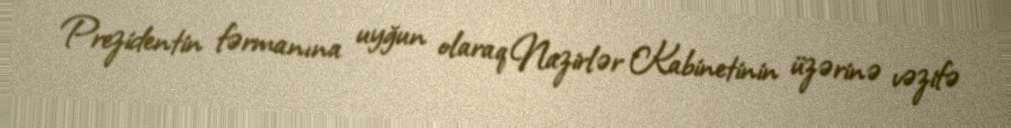
Prezidentin fərmanına uyğun olaraq Nazirlər Kabinetinin üzərinə vəzifə